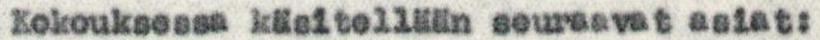
Kokouksessa käsitellään seuraavat asiat: